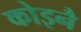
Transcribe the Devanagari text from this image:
कोइनै